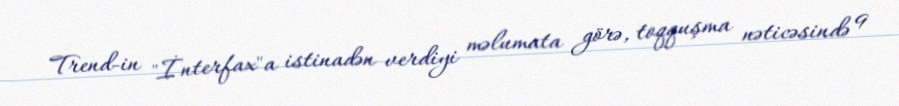
Trend-in "İnterfax"a istinadən verdiyi məlumata görə, toqquşma nəticəsində 9